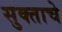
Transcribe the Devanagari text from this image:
सुक्ताचे